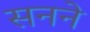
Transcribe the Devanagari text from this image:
सनने